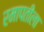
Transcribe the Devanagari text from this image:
रमापतीला